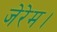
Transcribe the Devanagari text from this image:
जेरेम।